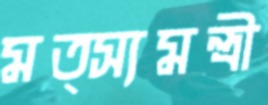
মত্স্যমন্ত্রী